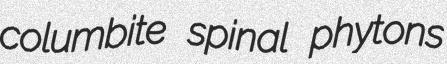
columbite spinal phytons